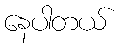
နေပါတယ်